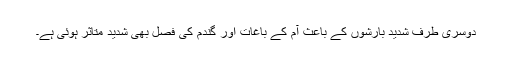
دوسری طرف شدید بارشوں کے باعث آم کے باغات اور گندم کی فصل بھی شدید متاثر ہوئی ہے۔